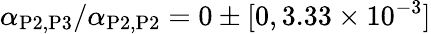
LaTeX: \alpha_{\mathrm{P2},\mathrm{P3}}/\alpha_{\mathrm{P2},\mathrm{P2}}=0\pm[0,3.33\times 10^{-3}]